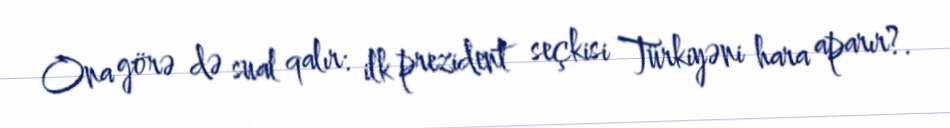
Ona görə də sual qalır: ilk prezident seçkisi Türkiyəni hara aparır?.